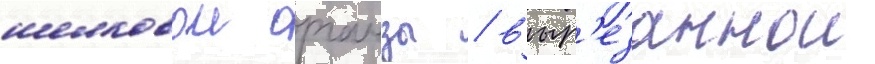
шелковои органзы / выр'езаннои